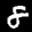
Label: 8